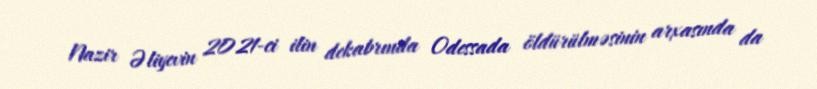
Nazir Əliyevin 2021-ci ilin dekabrında Odessada öldürülməsinin arxasında da